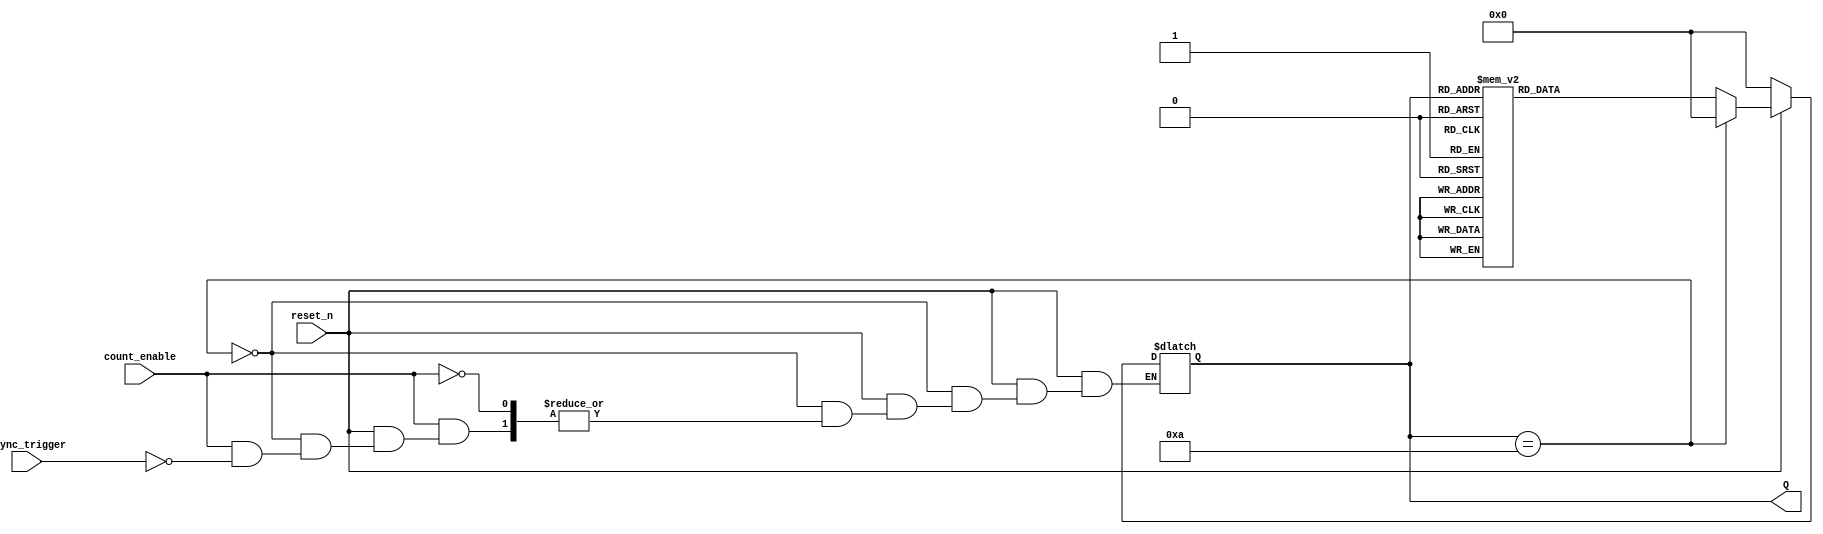
module decade_async_counter (
    input wire reset_n,         // Active low reset signal
    input wire count_enable,    // Enable signal for counting
    input wire async_trigger,    // Input trigger for counting
    output reg [3:0] Q          // 4-bit output representing the count
);

    // Combinational logic for reset condition
    wire reset_condition = (Q == 4'b1010); // Reset when Q reaches 10 (1010)

    always @(*) begin
        if (!reset_n) begin
            Q = 4'b0000; // Reset to 0 if reset_n is low
        end
        else if (reset_condition) begin
            Q = 4'b0000; // Reset to 0 if count reaches 10
        end
        else if (count_enable) begin
            // If counting is enabled, determine the next state
            // Increment only when async_trigger goes high
            if (async_trigger) begin
                case (Q)
                    4'b0000: Q = 4'b0001;
                    4'b0001: Q = 4'b0010;
                    4'b0010: Q = 4'b0011;
                    4'b0011: Q = 4'b0100;
                    4'b0100: Q = 4'b0101;
                    4'b0101: Q = 4'b0110;
                    4'b0110: Q = 4'b0111;
                    4'b0111: Q = 4'b1000;
                    4'b1000: Q = 4'b1001;
                    4'b1001: Q = 4'b0000; // Wrap around back to 0
                    default: Q = 4'b0000; // Default to 0 in case of error
                endcase
            end
        end
    end

endmodule